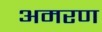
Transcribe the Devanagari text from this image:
अमरण